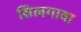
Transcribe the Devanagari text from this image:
सिलगावा